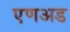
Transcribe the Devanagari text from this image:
एणअड